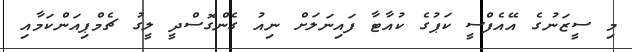
މި ސީޒަނުގެ އޭއެފްސީ ކަޕުގެ ކުއާޓާ ފައިނަލަށް ނިއު ގެންގޮސްދީ ލީގު ޗެމްޕިއަންކަމާއި